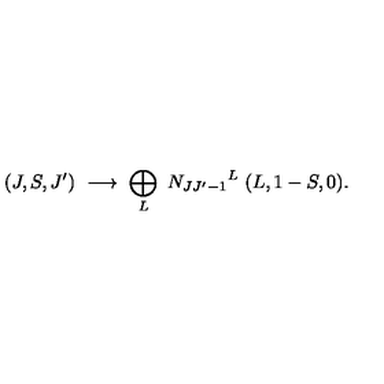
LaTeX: ( J , S , J ^ { \prime } ) \ \longrightarrow \ \bigoplus _ { L } \ { N _ { J J ^ { \prime } - 1 } } ^ { L } \ ( L , 1 - S , 0 ) .